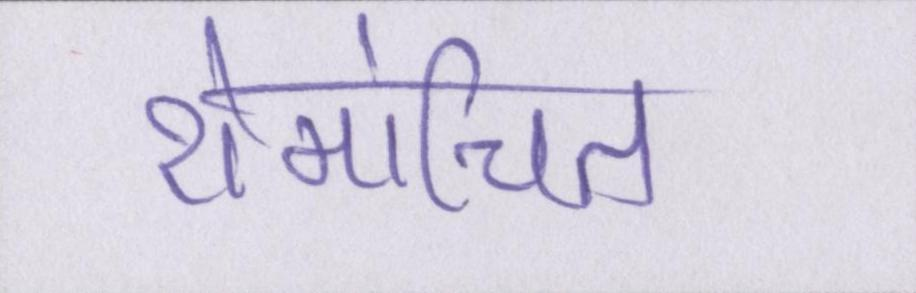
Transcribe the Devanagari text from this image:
रोमांचित